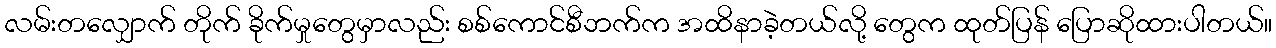
လမ်းတလျှောက် တိုက် ခိုက်မှုတွေမှာလည်း စစ်ကောင်စီဘက်က အထိနာခဲ့တယ်လို့ တွေက ထုတ်ပြန် ပြောဆိုထားပါတယ်။